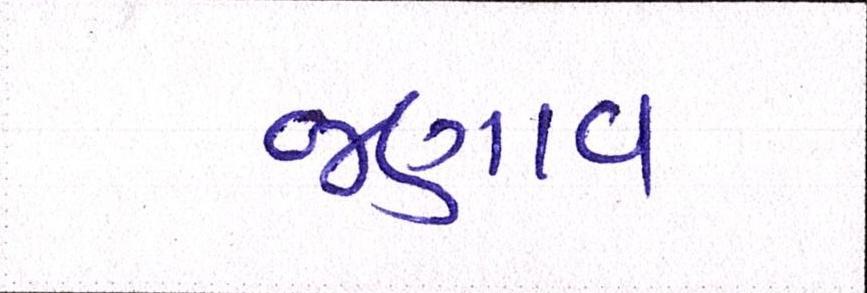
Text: જણાવ